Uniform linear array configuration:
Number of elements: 24
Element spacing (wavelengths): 1
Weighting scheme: hann
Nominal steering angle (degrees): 15
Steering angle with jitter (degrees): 13.193
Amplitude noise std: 0.05
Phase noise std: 0.05

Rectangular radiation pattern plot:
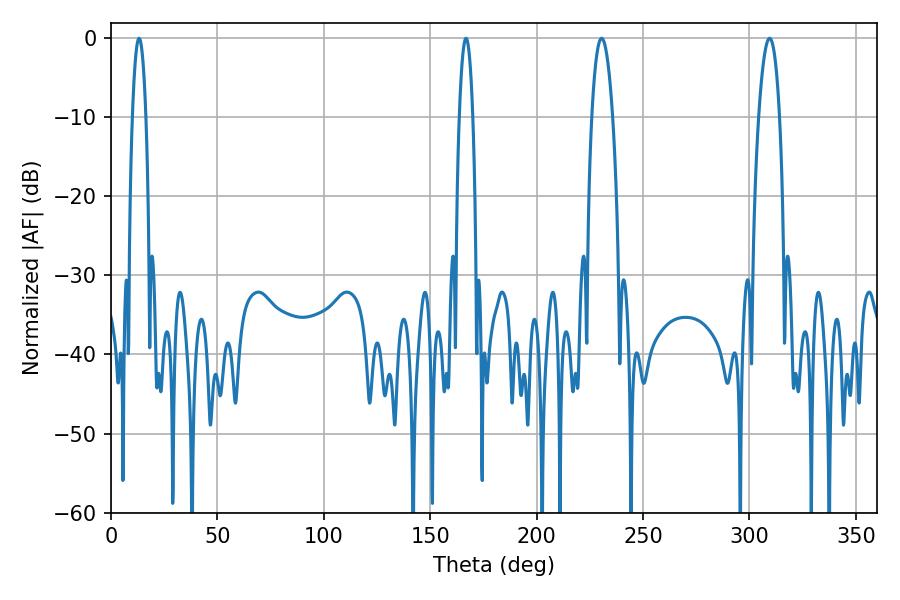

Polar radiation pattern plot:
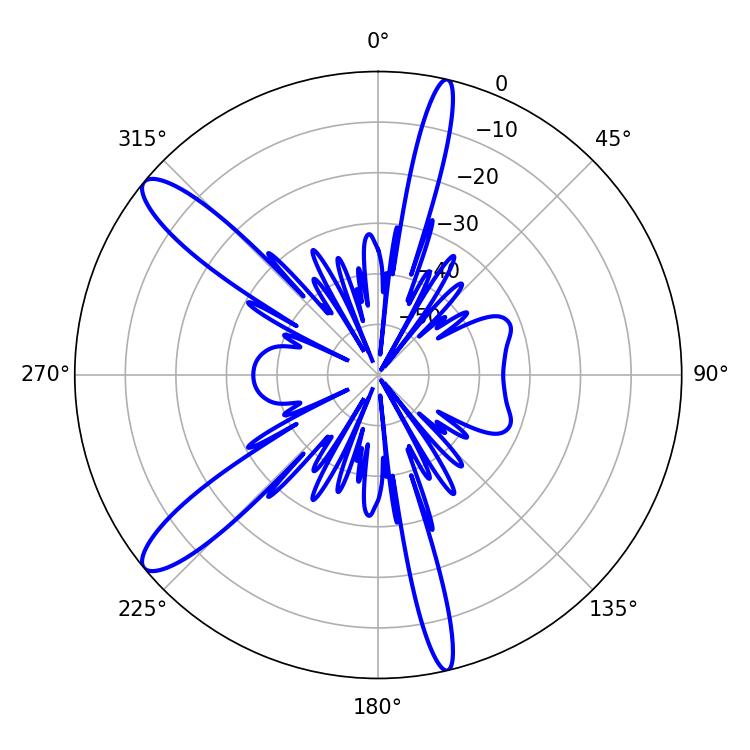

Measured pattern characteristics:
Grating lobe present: TRUE
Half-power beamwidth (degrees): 5.4
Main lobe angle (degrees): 309.42